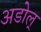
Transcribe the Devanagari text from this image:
अडोल्